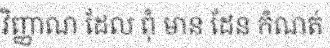
វិញ្ញាណ ដែល ពុំ មាន ដែន កំណត់